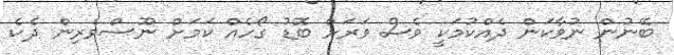
ބޭނުން ނުވާކަން ދެއްކުމަކީ ވެސް ވަރަށް ބޮޑު ގޯހެއް ކަމަށް ނޫސްވެރިން ދެކެ